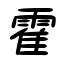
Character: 霍